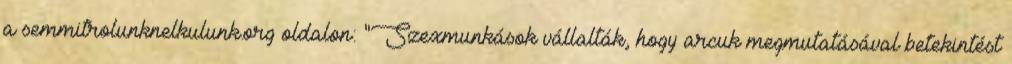
a semmitrolunknelkulunk.org oldalon: "Szexmunkások vállalták, hogy arcuk megmutatásával betekintést